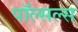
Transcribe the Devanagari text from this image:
पॉल्सल्स